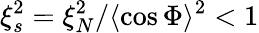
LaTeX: \xi_{s}^{2}=\xi_{N}^{2}/\langle\cos\Phi\rangle^{2}<1